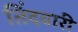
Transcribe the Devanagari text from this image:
तिंदवारी